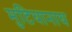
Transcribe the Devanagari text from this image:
मुटियानाय